Vaccination report Assam 1874-1896 - 1874-1896
Year: 1874
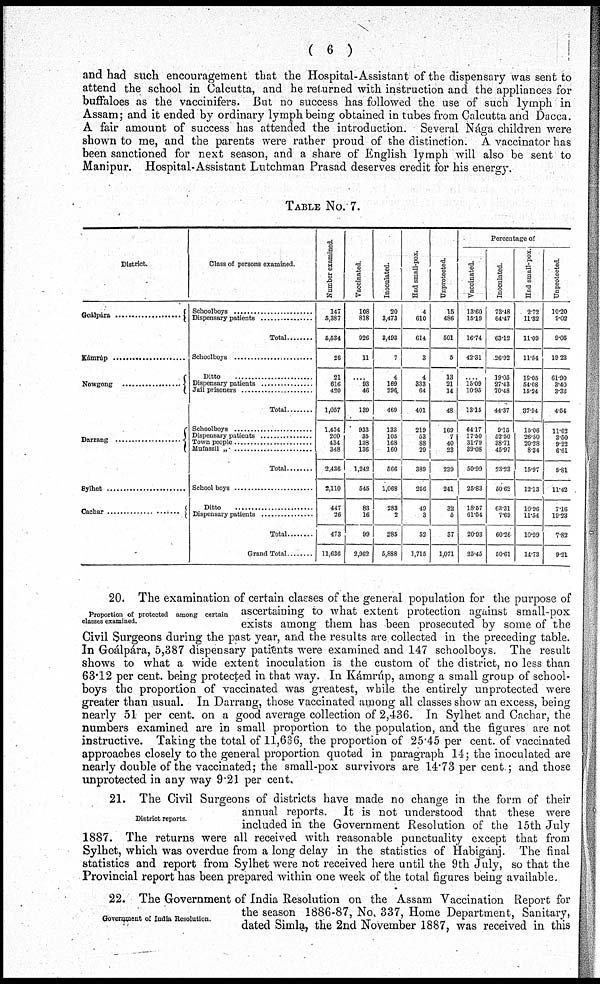
( 6 )
and had such encouragement that the Hospital-Assistant of the dispensary was sent to
attend the school in Calcutta, and he returned with instruction and the appliances for
buffaloes as the vaccinifers. But no success has followed the use of such lymph in
Assam; and it ended by ordinary lymph being obtained in tubes from Calcutta and Dacca.
A fair amount of success has attended the introduction. Several Nága children were
shown to me, and the parents were rather proud of the distinction. A vaccinator has
been sanctioned for next season, and a share of English lymph will also be sent to
Manipur. Hospital-Assistant Lutchman Prasad deserves credit for his energy.
TABLE No. 7.
District.
Goálpára.....................
Kámrúp .....................
Nowgong ..................
Darrang ........................
Cachar ........................
Class of persons examined.
Schoolboys .....................
Dispensary patients ...............
Total .........
Schoolboys .....................
Ditto ........................
Dispensary patients ...............
Jail prisoners ........................
Total .........
Schoolboys ...........................
Dispensary patients ...............
Town people ........................
Mufassil „ ...........................
Total ......
School boys ...........................
Ditto ..............................
Dispensary patients ...............
Total .........
Grand Total .........
Number examined.
147
5,387
5,534
26
21
616
420
1,057
1,454
200
434
348
2,436
2,110
447
26
473
11,636
Vaccinated.
108
818
926
11
....
93
46
139
933
35
138
136
1,242
545
83
16
99
2,962
Inoculated.
20
3,473
3,493
7
4
169
296
469
133
105
168
160
566
1,068
283
2
285
5,888
Had small-pox.
4
610
614
3
4
333
64
401
219
53
88
29
389
256
49
3
52
1,715
Unprotected.
15
486
501
5
13
21
14
48
169
7
40
23
239
241
32
5
37
1,071
Percentage of
Vaccinated.
13.60
15.19
16.74
42.31
....
15.09
10.95
13.15
64.17
17.50
31.79
39.08
50.99
25.83
18.57
61.54
20.93
25.45
Inoculated.
73.48
64.47
63.12
26.92
19. 05 27.43 70.48
44.37
9.15
52.50
38.71
45.97
23.23
50.62
63.31
7.69
60.26
50.61
Had small-pox.
2.72
11.32
11.09
11.54
18.05
54.08
15.24
37.94
15.06
26.50
20.28
8.34
15.97
12.13
10.96
11.54
10.99
14.73
Unprotected.
10.20
9.02
9.05
19.23
61.90
3.40
3.33
4.54
11.62
3.50
9.22
6.61
9.81
11.42
7.16
19.28
7.82
9.21
Proportion of protected among certain
classes examined.
20. The examination of certain classes of the general population for the purpose of
ascertaining to what extent protection against small-pox
exists among them has been prosecuted by some of the
Civil Surgeons during the past year, and the results are collected in the preceding table.
In Goálpára, 5,387 dispensary patients were examined and 147 schoolboys. The result
shows to what a wide extent inoculation is the custom of the district, no less than
63.12 per cent. being protected in that way. In Kámrúp, among a small group of school-
boys the proportion of vaccinated was greatest, while the entirely unprotected were
greater than usual. In Darrang, those vaccinated among all classes show an excess, being
nearly 51 per cent. on a good average collection of 2,436. In Sylhet and Cachar, the
numbers examined are in small proportion to the population, and the figures are not
instructive. Taking the total of 11,636, the proportion of 25.45 per cent. of vaccinated
approaches closely to the general proportion quoted in paragraph 14; the inoculated are
nearly double of the vaccinated; the small-pox survivors are 14.73 per cent ; and those
unprotected in any way 9.21 per cent.
District reports.
21. The Civil Surgeons of districts have made no change in the form of their
annual reports. It is not understood that these were
included in the Government Resolution of the 15th July
1887. The returns were all received with reasonable punctuality except that from
Sylhet, which was overdue from a long delay in the statistics of Habiganj. The final
statistics and report from Sylhet were not received here until the 9th July, so that the
Provincial report has been prepared within one week of the total figures being available.
Government of India Resolution.
22. The Government of India Resolution on the Assam Vaccination Report for
the season 1886-87, No, 337, Home Department, Sanitary,
dated Simla, the 2nd November 1887, was received in this